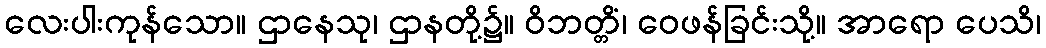
လေးပါးကုန်သော။ ဌာနေသု၊ ဌာနတို့၌။ ဝိဘတ္တိံ၊ ဝေဖန်ခြင်းသို့။ အာရော ပေသိ၊